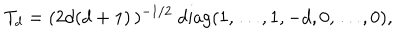
T _ { d } = ( 2 d ( d + 1 ) \, ) ^ { - 1 / 2 } \ \mathrm { d i a g } ( 1 , \ldots , 1 , - d , 0 , \ldots , 0 ) ,